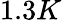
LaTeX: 1.3K